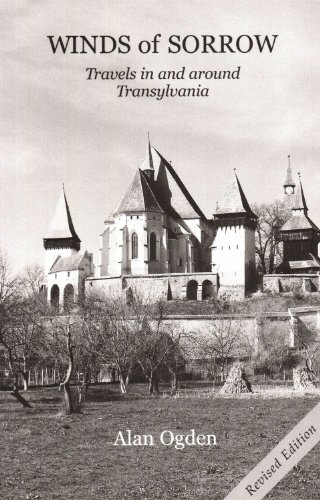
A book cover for Winds of Sorrow: Travels in and Around Transylvania; Alan Ogden; Travel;